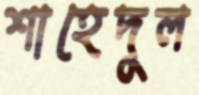
শাহেদুল